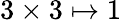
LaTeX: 3\times 3\mapsto 1